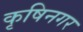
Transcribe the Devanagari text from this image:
कृषिनगर